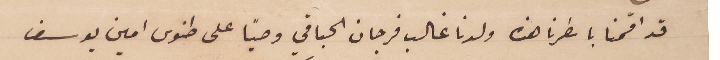
قد اقمنا باسطرنا هذه ولدنا غالب فرجان الحباقي وصيًا على طنوس امين يوسف